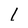
Character: I